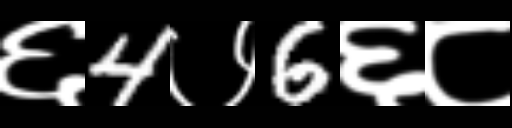
Text: ६4७6६८